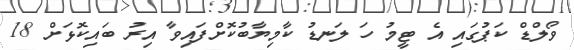
ވޯލްޑް ކަޕުގައި އެ ޓީމު ހަ ލަނޑު ކާމިޔާބުކޮށްފައިވާ އިރު ބައިކޮޅަށް 18